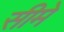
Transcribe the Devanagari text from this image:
सीमे